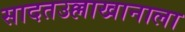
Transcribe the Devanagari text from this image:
सादतउल्लाखानाला